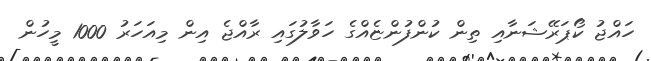
ހައްޖު ކޯޕަރޭޝަނާއި ތިން ކުންފުންޏެއްގެ ހަވާލުގައި ރާއްޖެ އިން މިއަހަރު 1000 މީހުން